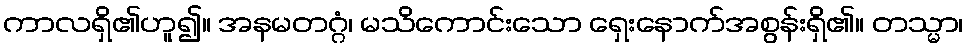
ကာလရှိ၏ဟူ၍။ အနမတဂ္ဂံ၊ မသိကောင်းသော ရှေးနောက်အစွန်းရှိ၏။ တသ္မာ၊